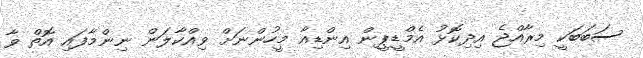
ސަބަބަކީ މިރާއްޖެ އިދިކޮޅު އެމްޑީޕީން އިންޑިއާ މީހުންނަށް ވިއްކާލަން ނިންމާފައި އޮތް ވާ